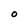
Character: O